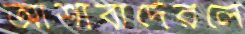
আশাবাদেরলে